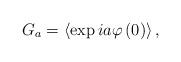
LaTeX: \begin{align*}G_{a}=\left\langle \exp ia\varphi \left(0\right) \right\rangle, \end{align*}